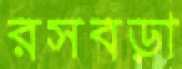
রসবড়া